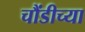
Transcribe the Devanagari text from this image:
चौंडीच्या